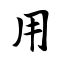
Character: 用